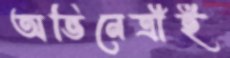
অভিনেত্রীই